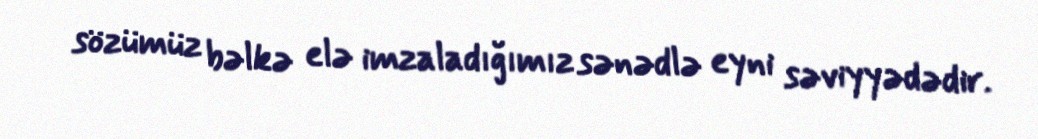
sözümüz bəlkə elə imzaladığımız sənədlə eyni səviyyədədir.